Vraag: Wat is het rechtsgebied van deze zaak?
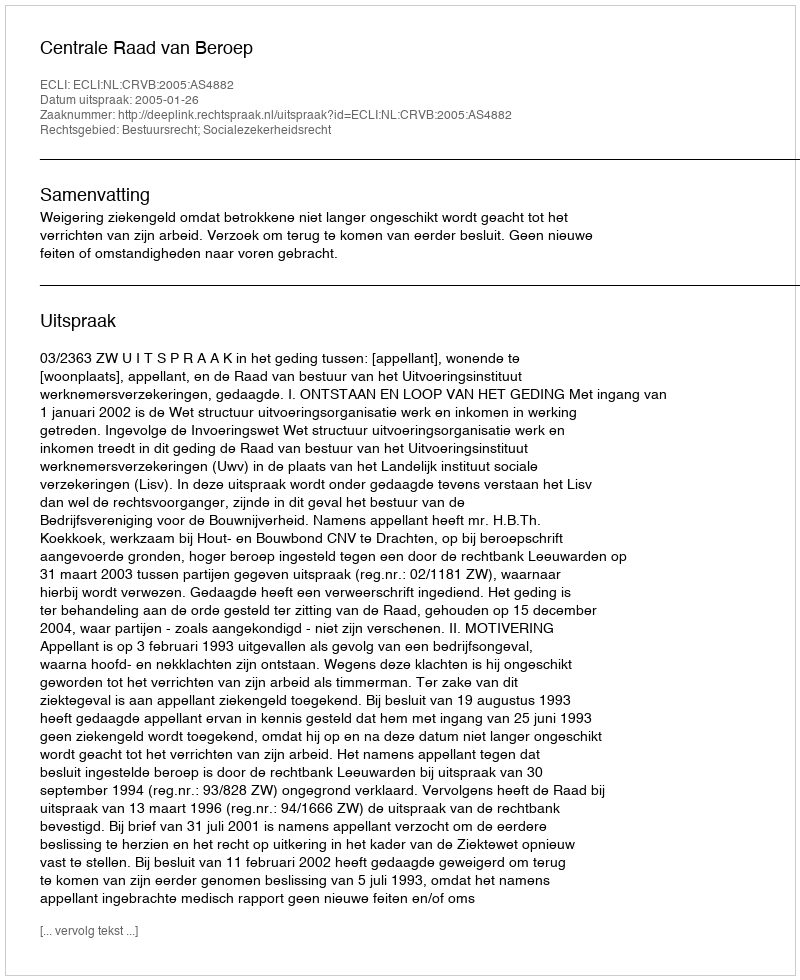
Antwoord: Bestuursrecht; Socialezekerheidsrecht